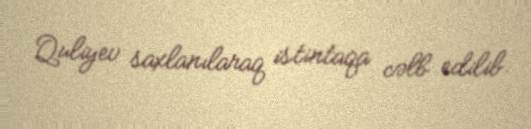
Quliyev saxlanılaraq istintaqa cəlb edilib.